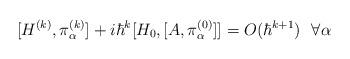
LaTeX: \begin{align*}[H^{(k)}, \pi^{(k)}_\alpha ] +i \hbar^{k} [H_0,[ A,\pi^{(0)}_\alpha ]] = O(\hbar^{k+1}) ~~ \forall \alpha\end{align*}